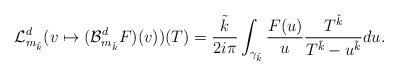
LaTeX: \begin{align*}\mathcal{L}_{m_{\tilde{k}}}^{d}(v \mapsto (\mathcal{B}_{m_{\tilde{k}}}^{d}F)(v) )(T) =\frac{\tilde{k}}{2i \pi} \int_{\gamma_{\tilde{k}}} \frac{F(u)}{u} \frac{T^{\tilde{k}}}{T^{\tilde{k}} - u^{\tilde{k}}} du.\end{align*}